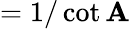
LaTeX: ={1/\cot\mathbf{A}}